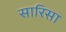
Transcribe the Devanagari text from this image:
सारिसा